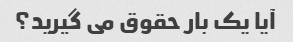
آیا یک بار حقوق می گیرید؟